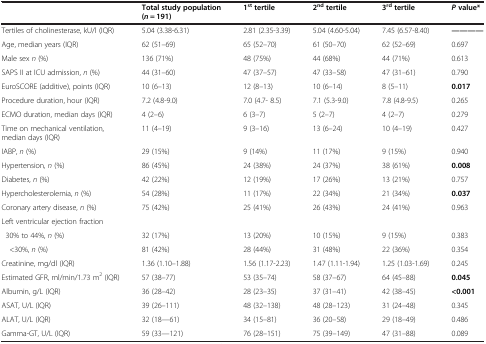
<table><thead><tr><td><b> </b></td><td><b>Total study population (<i>n</i> = 191)</b></td><td><b>1<sup>st </sup>tertile</b></td><td><b>2<sup>nd </sup>tertile</b></td><td><b>3<sup>rd </sup>tertile</b></td><td><b><i>P </i>value*</b></td></tr></thead><tbody><tr><td>Tertiles of cholinesterase, kU/l (IQR)</td><td>5.04 (3.38-6.31)</td><td>2.81 (2.35-3.39)</td><td>5.04 (4.60-5.04)</td><td>7.45 (6.57-8.40)</td><td><b>------</b></td></tr><tr><td>Age, median years (IQR)</td><td>62 (51–69)</td><td>65 (52–70)</td><td>61 (50–70)</td><td>62 (52–69)</td><td>0.697</td></tr><tr><td>Male sex <i>n</i> (%)</td><td>136 (71%)</td><td>48 (75%)</td><td>44 (68%)</td><td>44 (71%)</td><td>0.613</td></tr><tr><td>SAPS II at ICU admission, <i>n</i> (%)</td><td>44 (31–60)</td><td>47 (37–57)</td><td>47 (33–58)</td><td>47 (31–61)</td><td>0.790</td></tr><tr><td>EuroSCORE (additive), points (IQR)</td><td>10 (6–13)</td><td>12 (8–13)</td><td>10 (6–14)</td><td>8 (5–11)</td><td><b>0.017</b></td></tr><tr><td>Procedure duration, hour (IQR)</td><td>7.2 (4.8-9.0)</td><td>7.0 (4.7- 8.5)</td><td>7.1 (5.3-9.0)</td><td>7.8 (4.8-9.5)</td><td>0.265</td></tr><tr><td>ECMO duration, median days (IQR)</td><td>4 (2–6)</td><td>6 (3–7)</td><td>5 (2–7)</td><td>4 (2–7)</td><td>0.279</td></tr><tr><td>Time on mechanical ventilation, median days (IQR)</td><td>11 (4–19)</td><td>9 (3–16)</td><td>13 (6–24)</td><td>10 (4–19)</td><td>0.427</td></tr><tr><td>IABP, <i>n</i> (%)</td><td>29 (15%)</td><td>9 (14%)</td><td>11 (17%)</td><td>9 (15%)</td><td>0.940</td></tr><tr><td>Hypertension<i>, n</i> (%)</td><td>86 (45%)</td><td>24 (38%)</td><td>24 (37%)</td><td>38 (61%)</td><td><b>0.008</b></td></tr><tr><td>Diabetes, <i>n</i> (%)</td><td>42 (22%)</td><td>12 (19%)</td><td>17 (26%)</td><td>13 (21%)</td><td>0.757</td></tr><tr><td>Hypercholesterolemia, <i>n</i> (%)</td><td>54 (28%)</td><td>11 (17%)</td><td>22 (34%)</td><td>21 (34%)</td><td><b>0.037</b></td></tr><tr><td>Coronary artery disease, <i>n</i> (%)</td><td>75 (42%)</td><td>25 (41%)</td><td>26 (43%)</td><td>24 (41%)</td><td>0.963</td></tr><tr><td>Left ventricular ejection fraction</td><td> </td><td> </td><td> </td><td> </td><td> </td></tr><tr><td> 30% to 44%, <i>n</i> (%)</td><td>32 (17%)</td><td>13 (20%)</td><td>10 (15%)</td><td>9 (15%)</td><td>0.383</td></tr><tr><td> &lt;30%, <i>n</i> (%)</td><td>81 (42%)</td><td>28 (44%)</td><td>31 (48%)</td><td>22 (36%)</td><td>0.354</td></tr><tr><td>Creatinine, mg/dl (IQR)</td><td>1.36 (1.10–1.88)</td><td>1.56 (1.17-2.23)</td><td>1.47 (1.11-1.94)</td><td>1.25 (1.03-1.69)</td><td>0.245</td></tr><tr><td>Estimated GFR, ml/min/1.73 m<sup>2</sup> (IQR)</td><td>57 (38–77)</td><td>53 (35–74)</td><td>58 (37–67)</td><td>64 (45–88)</td><td><b>0.045</b></td></tr><tr><td>Albumin, g/L (IQR)</td><td>36 (28–42)</td><td>28 (23–35)</td><td>37 (31–41)</td><td>42 (38–45)</td><td><b>&lt;0.001</b></td></tr><tr><td>ASAT, U/L (IQR)</td><td>39 (26–111)</td><td>48 (32–138)</td><td>48 (28–123)</td><td>31 (24–48)</td><td>0.345</td></tr><tr><td>ALAT, U/L (IQR)</td><td>32 (18—61)</td><td>34 (15–81)</td><td>36 (20–58)</td><td>29 (18–49)</td><td>0.486</td></tr><tr><td>Gamma-GT, U/L (IQR)</td><td>59 (33—121)</td><td>76 (28–151)</td><td>75 (39–149)</td><td>47 (31–88)</td><td>0.089</td></tr></tbody></table>